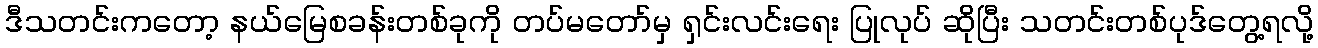
ဒီသတင်းကတော့ နယ်မြေစခန်းတစ်ခုကို တပ်မတော်မှ ရှင်းလင်းရေး ပြုလုပ် ဆိုပြီး သတင်းတစ်ပုဒ်တွေ့ရလို့